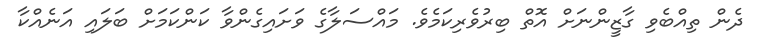
ދެން ތިއްބެވި ގާޒީންނަށް އޮތް ބިރުވެރިކަމެވެ. މައްސަލާގެ ވަށައިގެންވާ ކަންކަމަށް ބަލައި އަނެއްކާ